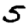
Digit: 5